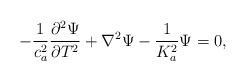
LaTeX: \begin{align*}-\frac{1}{c_a^2}\frac{\partial^2 \Psi}{\partial T^2}+\nabla^2\Psi -\frac{1}{K_a^2}\Psi=0,\end{align*}